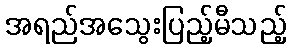
အရည်အသွေးပြည့်မီသည့်